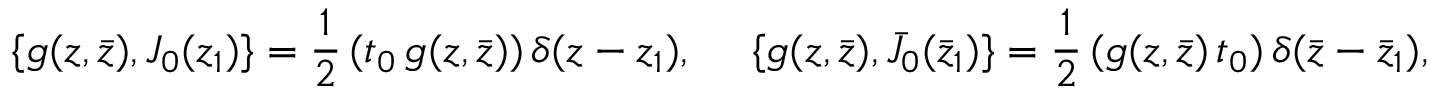
\{ g ( z , \bar { z } ) , J _ { 0 } ( z _ { 1 } ) \} = \frac { 1 } { 2 } \, ( t _ { 0 } \, g ( z , \bar { z } ) ) \, \delta ( z - z _ { 1 } ) , ~ ~ ~ ~ \{ g ( z , \bar { z } ) , \bar { J } _ { 0 } ( \bar { z } _ { 1 } ) \} = \frac { 1 } { 2 } \, ( g ( z , \bar { z } ) \, t _ { 0 } ) \, \delta ( \bar { z } - \bar { z } _ { 1 } ) ,